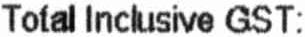
TOTAL INCLUSIVE GST: